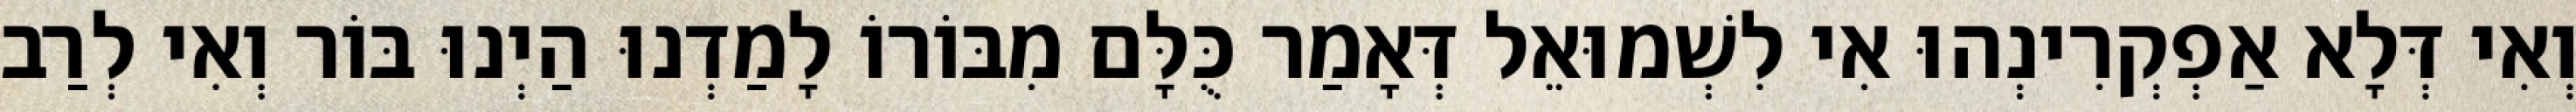
וְאִי דְּלָא אַפְקְרִינְהוּ אִי לִשְׁמוּאֵל דְּאָמַר כֻּלָּם מִבּוֹרוֹ לָמַדְנוּ הַיְנוּ בּוֹר וְאִי לְרַב